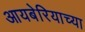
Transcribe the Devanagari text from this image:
आयबेरियाच्या